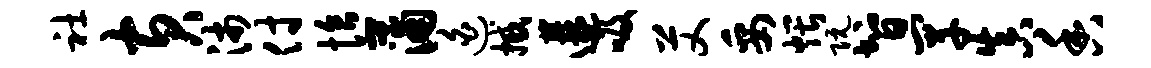
社黄沛付恰蒲迫撼遘吸艾妥煨阮智罕真香